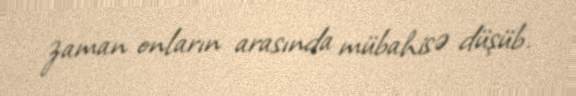
zaman onların arasında mübahisə düşüb.